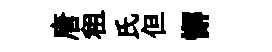
唐租氏但懈